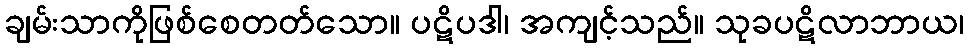
ချမ်းသာကိုဖြစ်စေတတ်သော။ ပဋိပဒါ၊ အကျင့်သည်။ သုခပဋိလာဘာယ၊